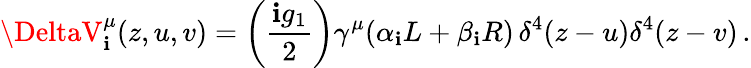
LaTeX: \DeltaV_{\mathbf{i}}^{\mu}(z,u,v)=\left(\frac{{\mathbf{i}g_{1}}}{{2}}\right)\gamma^{\mu}(\alpha_{\mathbf{i}}L+\beta_{\mathbf{i}}R)\, \delta^{4}(z-u)\delta^{4}(z-v)\, .